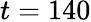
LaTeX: t=140